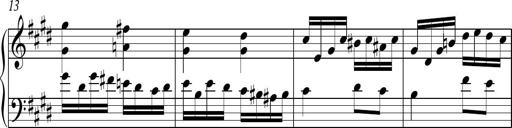
Title: Ten Piano Sonatinas
Composer: Andreas Sain